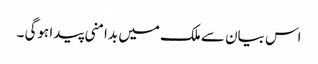
اس بیان سے ملک میں بدامنی پیدا ہوگی ۔